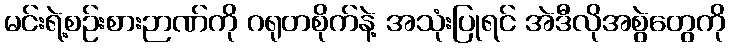
မင်းရဲ့စဉ်းစားဉာဏ်ကို ဂရုတစိုက်နဲ့ အသုံးပြုရင် အဲဒီလိုအစွဲတွေကို